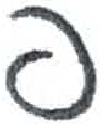
אות: פ